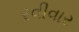
રવીવાર